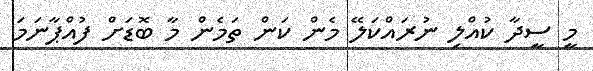
މީ ސީދާ ކުއްލި ނުރައްކަލޭ މެން ކަން ތަމެން މާ ބޮޑަށް ފުއްޕާނަމަ